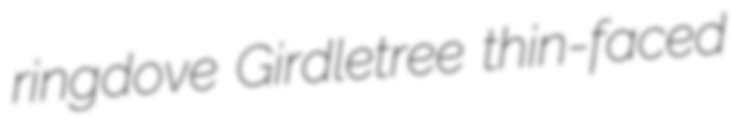
ringdove Girdletree thin-faced